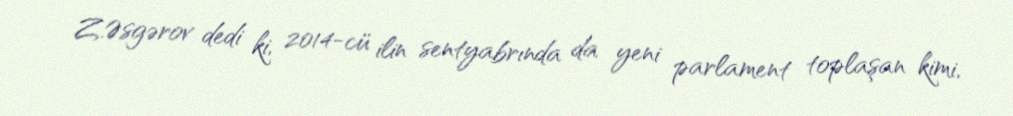
Z.Əsgərov dedi ki, 2014-cü ilin sentyabrında da yeni parlament toplaşan kimi,